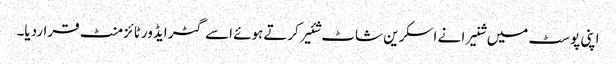
اپنی پوسٹ میں شنیرا نے اسکرین شاٹ شئیر کرتےہوئے اسے گٹر ایڈورٹائزمنٹ قراردیا۔